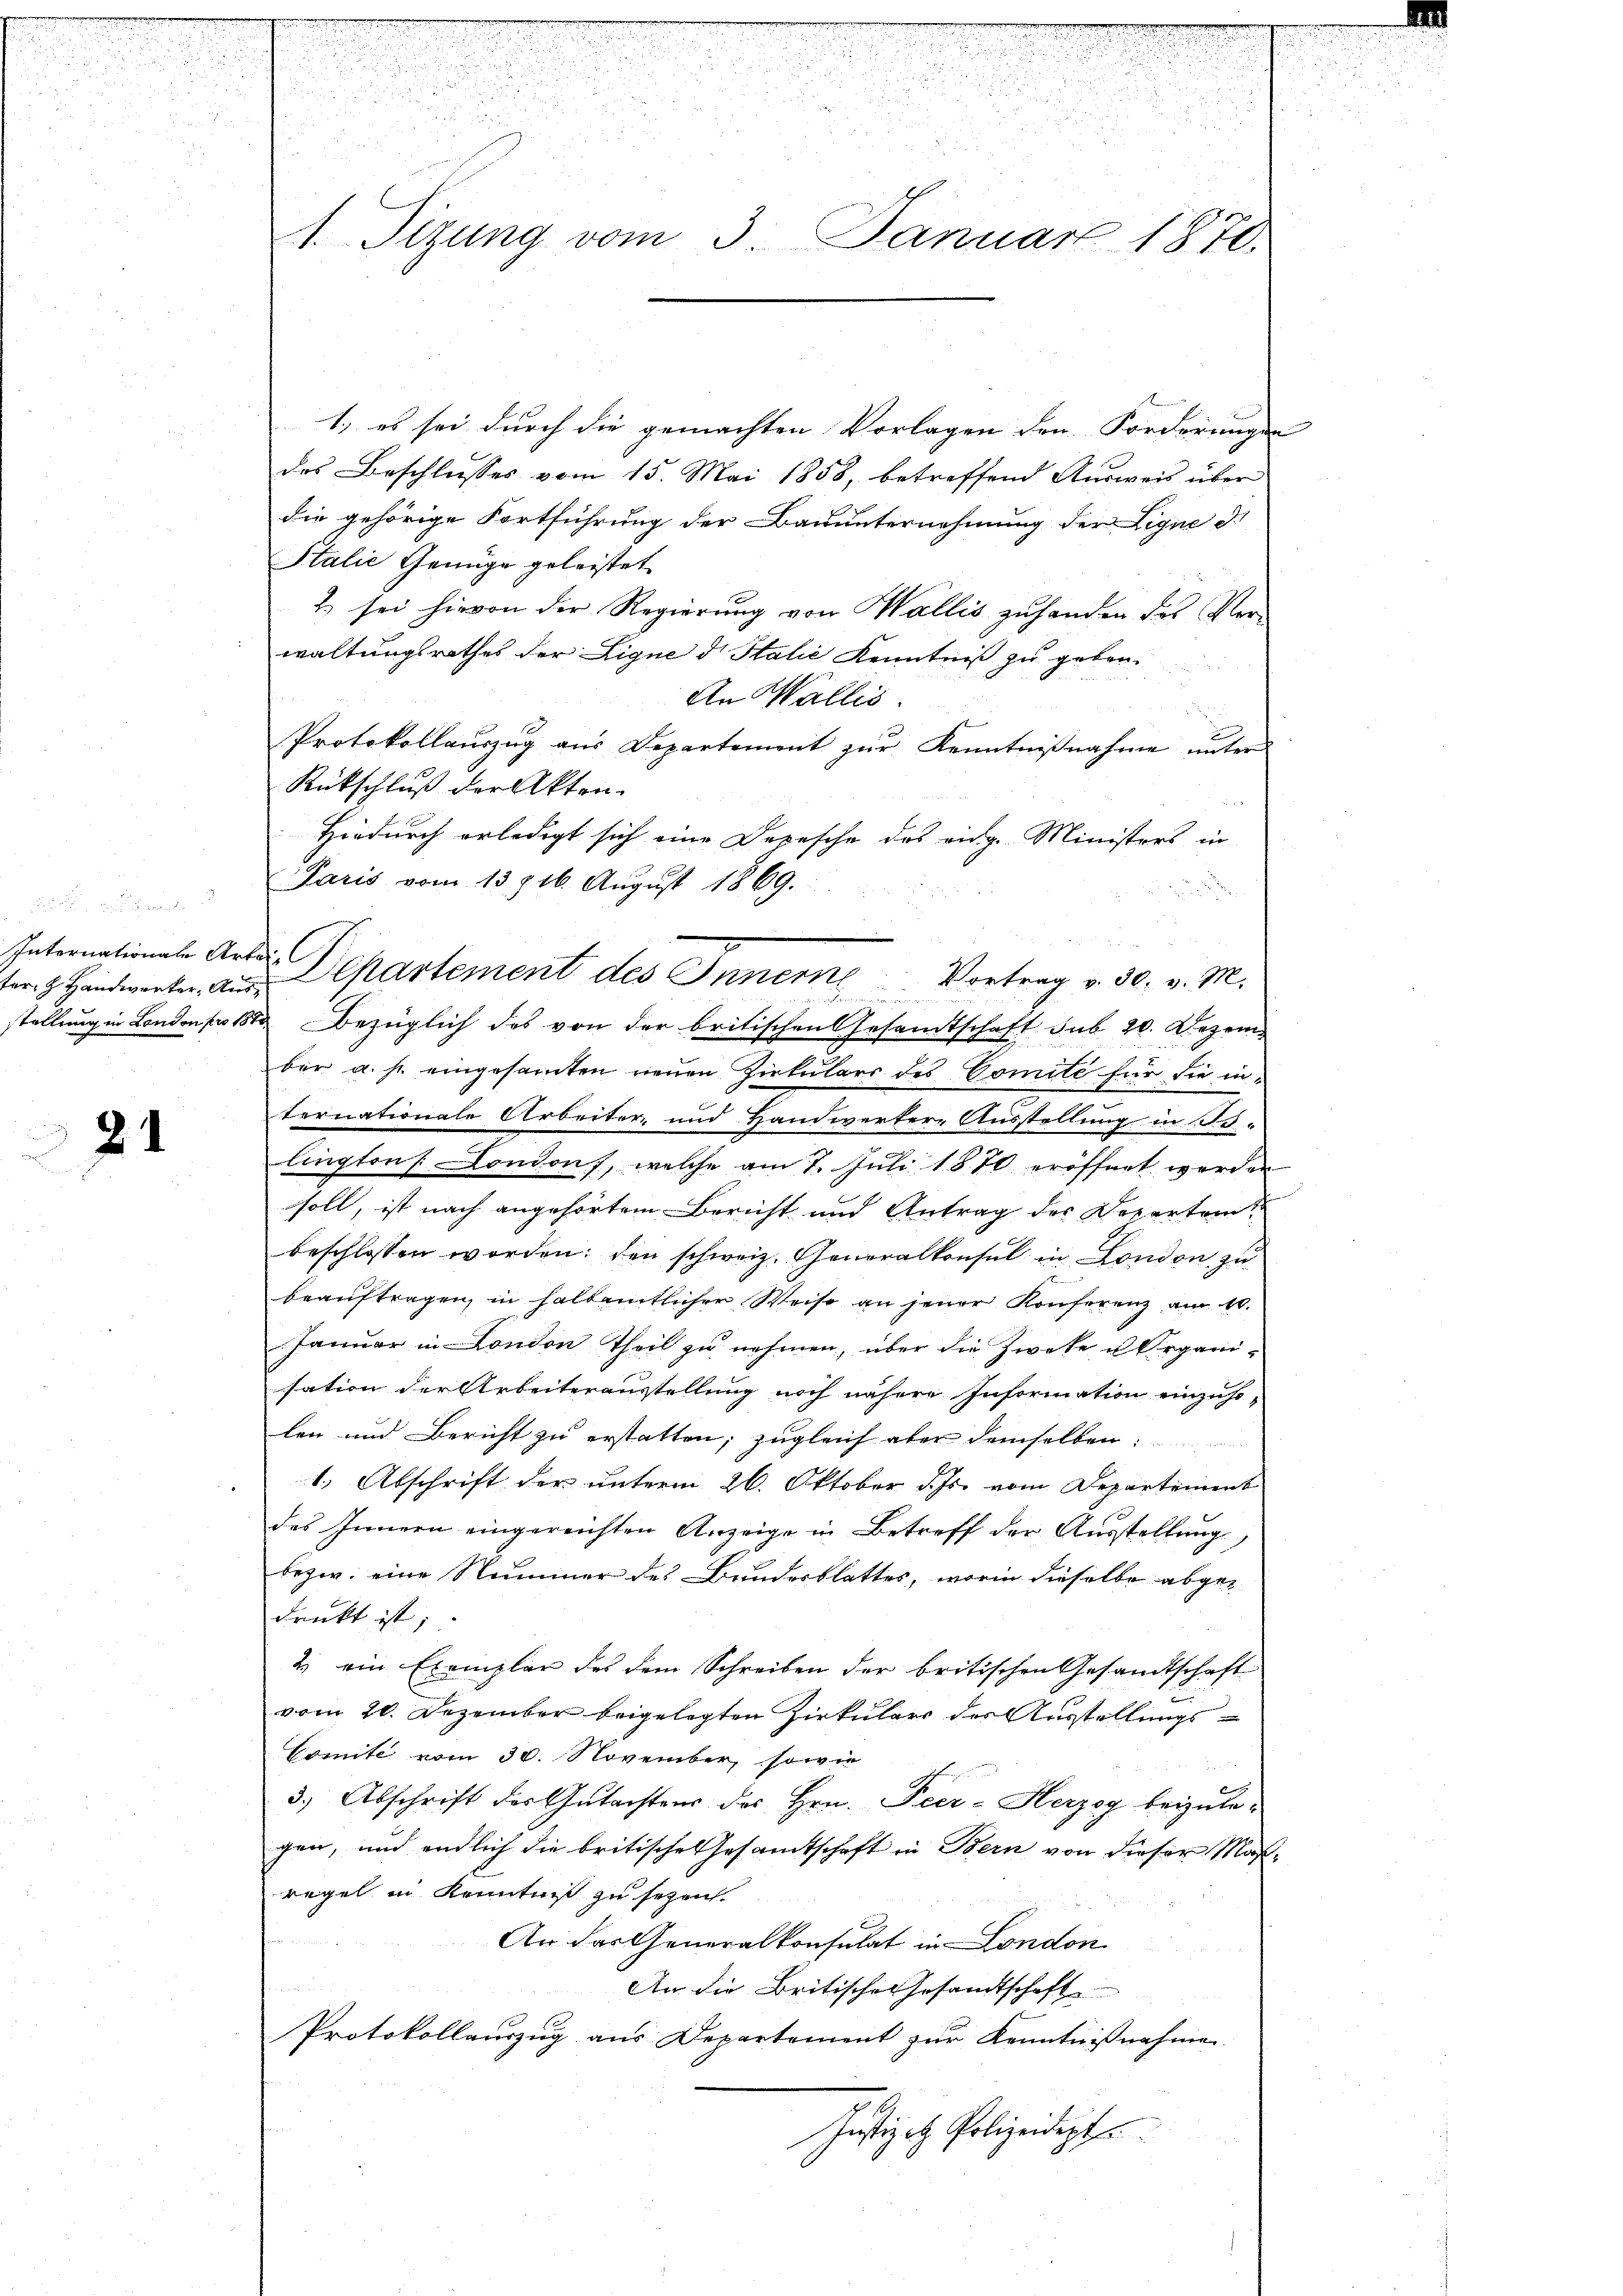
Internationale Arbei

e
1

1.) es sei durch die gemachten Vorlagen den Forderungen
des Beschlusses vom 15. Mai 1858, betreffend Ausweis über
die gehörige Fortführung der Bauunternehmung der Ligne d.
Stalie Genüge geleistet
2) sei hievon der Regierung von Wallis zuhanden des Verwaltungsrathes der Ligne d. Stalić Kenntniß zu geben.
An Wallis.
Protokollaŭszŭg aŭs Departement zŭr Kenntniβnahme unter
Rückschluß der Akten-
Hiedurch erledigt sich eine Depesche das eidg. Ministers in
Paris vom 13. 716. August 1869.
stellung in London 1812 bezüglich des von der britischen Gesandtschaft sub 20. Dezem
ber a. s. eingesamten neuen Zirkulars des Comite für die internationale Arbeiter und Handwerkere Ausstellung in B.
lingten Condon, welche am 7. Juli 1870 eröffnet werden
soll, ist nach angehörtem Bericht und Antrag des Departem
beschlossen worden; den schweiz. Generalkonsul in London zu
beaŭftragen, in halbamtlicher Weise an jener Konferenz am 10.
Januar in London Theil zu nehmen, über die Zweke u. Organisation der Arbeiterausstellung noch nähere Information einzusolen und Bericht zu erstatten; zugleich aber demselben
1.) Abschrift der unterm 26. Oktober d. Js. vom Departement
des Innern eingereichten Anzeige in Betreff der Ausstellung,
bezw. eine Nummer des Bundesblattes, worin dieselbe abgedruckt ist;
2. ein Exemplar des dem Schreiben der britischen Gesandtschaft
vom 20. Dezember beigelegten Zirkulars der Ausstellungs¬
Comite vom 30. November, sowie
3.) Abschrift des Gutachtens des Hrn. Peer-Herzog beizulegen, und endlich die britische Gesamtschaft in Bern von dieser Maßregel in Kenntniß zu sezeich.
An das Generalkonsulat in London
An die Britische Gesandtschaft
Protokollauszug aus Departement zur Kenntnißnahme
Justizit Polizeidept

21
m

n
u
u

ennen eine eine
1. Sizung vom 3. Januar 1870.

ter Handwerker, an Departement des Innerne Vortrag v. 30. v. M.

d